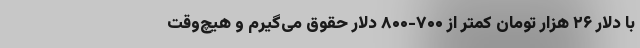
با دلار ۲۶ هزار تومان کمتر از ۷۰۰-۸۰۰ دلار حقوق می‌گیرم و هیچ‌وقت